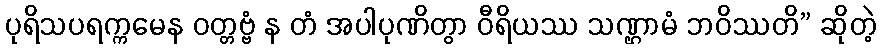
ပုရိသပရက္ကမေန ဝတ္တဗ္ဗံ န တံ အပါပုဏိတွာ ဝီရိယဿ သဏ္ဌာမံ ဘဝိဿတိ” ဆိုတဲ့